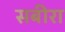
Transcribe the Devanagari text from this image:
सबीरा